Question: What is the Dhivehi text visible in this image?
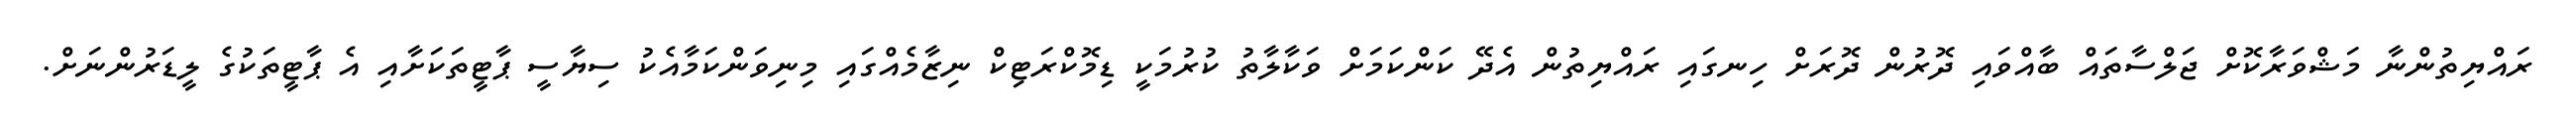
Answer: ރައްޔިތުންނާ މަޝްވަރާކޮށް ޖަލްސާތައް ބާއްވައި ދޮރުން ދޮރަށް ހިނގައި ރައްޔިތުން އެދޭ ކަންކަމަށް ވަކާލާތު ކުރުމަކީ ޑިމޮކްރަޓިކް ނިޒާމެއްގައި މިނިވަންކަމާއެކު ސިޔާސީ ޕާޓީތަކަށާއި އެ ޕާޓީތަކުގެ ލީޑަރުންނަށް.